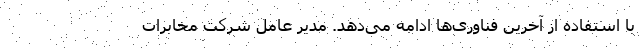
با استفاده از آخرین فناوری‌ها ادامه می‌دهد. مدیر عامل شرکت مخابرات